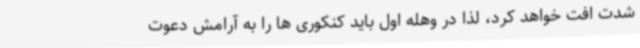
شدت افت خواهد کرد، لذا در وهله اول باید کنکوری ها را به آرامش دعوت